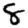
Digit: 8